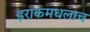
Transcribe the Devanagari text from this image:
इराकमधलाच